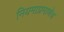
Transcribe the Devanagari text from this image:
नियमाप्रमाणेच